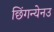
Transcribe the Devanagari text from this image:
छिंगन्येनउ